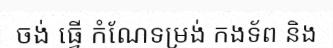
ចង់ ធ្វើ កំណែទម្រង់ កងទ័ព និង